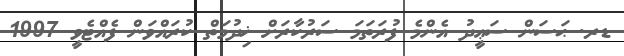
ޑރ. ޙަސަން ސަޢީދު އެންމެ ފުރަތަމަ ސަރުކާރަށް ޚިދުމަތް ކުރައްވަން ފެއްޓެވީ 1997